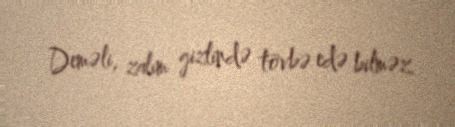
Deməli, zalım gizlində tövbə edə bilməz.